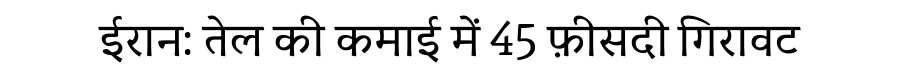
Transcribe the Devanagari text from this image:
ईरान: तेल की कमाई में 45 फ़ीसदी गिरावट